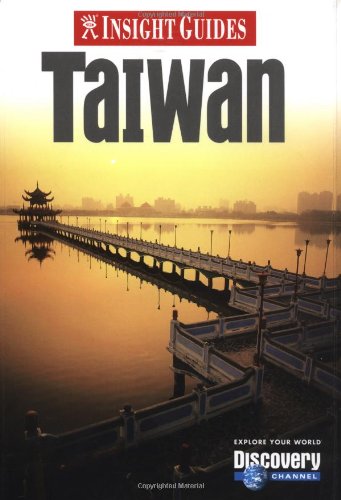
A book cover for Insight Guide Taiwan (Insight Guides); Travel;